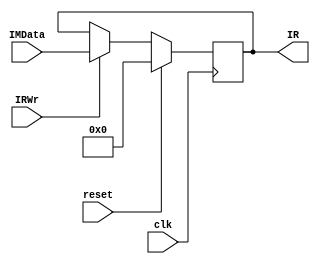
module InstructionRegister(input clk,reset,IRWr,input [31:0] IMData,output reg [31:0] IR);
 always @(posedge clk)
 if(reset)
   IR<=0;
else
  if(IRWr)
    IR<=IMData;
 endmodule